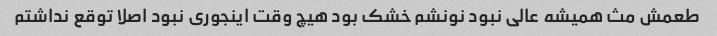
طعمش مث همیشه عالی نبود نونشم خشک بود هیچ وقت اینجوری نبود اصلا توقع نداشتم